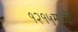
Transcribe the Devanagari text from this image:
१२१५मध्ये